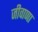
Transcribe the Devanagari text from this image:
जीवाणा